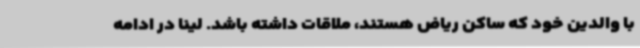
با والدین خود که ساکن ریاض هستند، ملاقات داشته باشد. لینا در ادامه